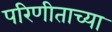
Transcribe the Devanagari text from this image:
परिणीताच्या